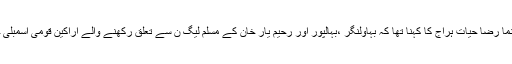
مسلم لیگ ن کے سابق رہنما رضا حیات ہراج کا کہنا تھا کہ بہاولنگر ،بہالپور اور رحیم یار خان کے مسلم لیگ ن سے تعلق رکھنے والے اراکین قومی اسمبلی جلد پارٹی چھوڑ دیں گے۔